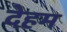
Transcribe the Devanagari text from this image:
देहम